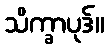
သိက္ခာပုဒ်။